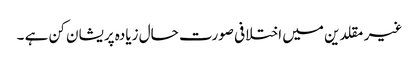
غیر مقلدین میں اختلافی صورت حال زیادہ پریشان کن ہے ۔